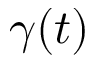
\gamma ( t )